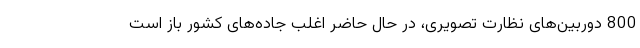
800 دوربین‌های نظارت تصویری، در حال حاضر اغلب جاده‌های کشور باز است